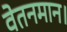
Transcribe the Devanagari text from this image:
वेतनमान।